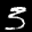
Label: 3